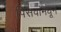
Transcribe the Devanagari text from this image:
पिसवांमधून